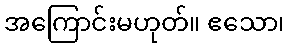
အကြောင်းမဟုတ်။ ဧသော၊